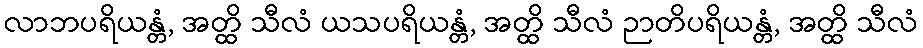
လာဘပရိယန္တံ, အတ္ထိ သီလံ ယသပရိယန္တံ, အတ္ထိ သီလံ ဉာတိပရိယန္တံ, အတ္ထိ သီလံ